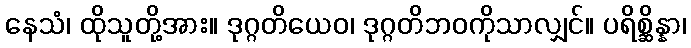
နေသံ၊ ထိုသူတို့အား။ ဒုဂ္ဂတိယေဝ၊ ဒုဂ္ဂတိဘဝကိုသာလျှင်။ ပရိစ္ဆိန္နာ၊